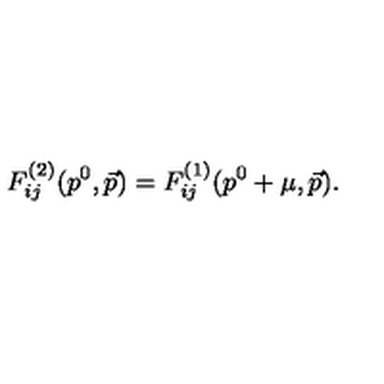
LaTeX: F _ { i j } ^ { ( 2 ) } ( p ^ { 0 } , \vec { p } ) = F _ { i j } ^ { ( 1 ) } ( p ^ { 0 } + \mu , \vec { p } ) .